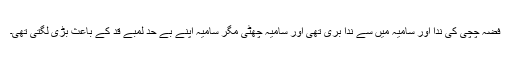
فضہ چچی کی ندا اور سامیہ میں سے ندا بری تھی اور سامیہ چھٹی مگر سامیہ اپنے بے حد لمبے قد کے باعث بڑی لگتی تھی۔